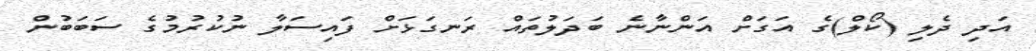
އަދި ދެލި (ކޯލް)ގެ އަގަށް އަންނާނެ ބަދަލުތައް ރަނގަޅަށް ފައިސަލާ ނުކުރުމުގެ ސަބަބުން